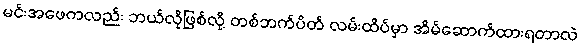
မင်းအဖေကလည်း ဘယ်လိုဖြစ်လို့ တစ်ဘက်ပိတ် လမ်းထိပ်မှာ အိမ်ဆောက်ထားရတာလဲ